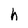
Character: h